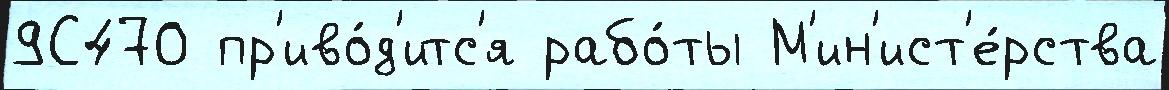
9С470 пр'иво́д'итс'я рабо́ты М'ин'ист'е́рства